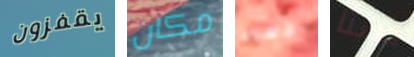
يقفزون مكان دمت حسنا